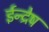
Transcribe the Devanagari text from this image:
ईन्द्रेष